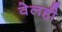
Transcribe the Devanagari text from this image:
वेलही